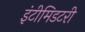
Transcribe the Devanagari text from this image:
इंटीमिडटरी